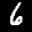
Label: 6